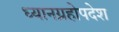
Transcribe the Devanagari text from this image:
ध्यानग्रहोपदेश